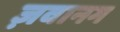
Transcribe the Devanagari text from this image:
ज़वानग